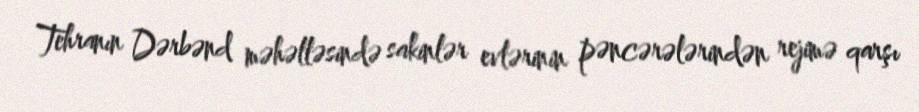
Tehranın Dərbənd məhəlləsində sakinlər evlərinin pəncərələrindən rejimə qarşı